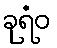
ခုရံဝ